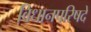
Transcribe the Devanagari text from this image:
विधानपरिषदे